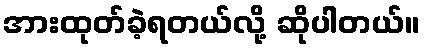
အားထုတ်ခဲ့ရတယ်လို့ ဆိုပါတယ်။